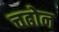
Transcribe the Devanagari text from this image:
चढोन